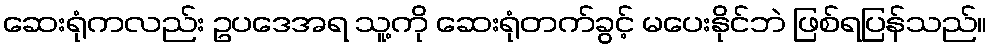
ဆေးရုံကလည်း ဥပဒေအရ သူ့ကို ဆေးရုံတက်ခွင့် မပေးနိုင်ဘဲ ဖြစ်ရပြန်သည်။